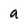
Character: a